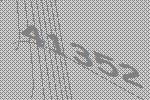
41352